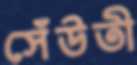
সেঁউতী